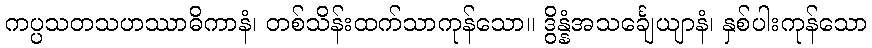
ကပ္ပသတသဟဿာဓိကာနံ၊ တစ်သိန်းထက်သာကုန်သော။ ဒွိန္နံအသင်္ချေယျာနံ၊ နှစ်ပါးကုန်သော